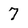
Character: 7